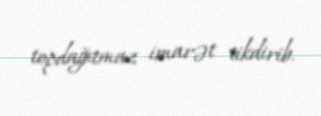
topdağıtmaz imarət tikdirib.